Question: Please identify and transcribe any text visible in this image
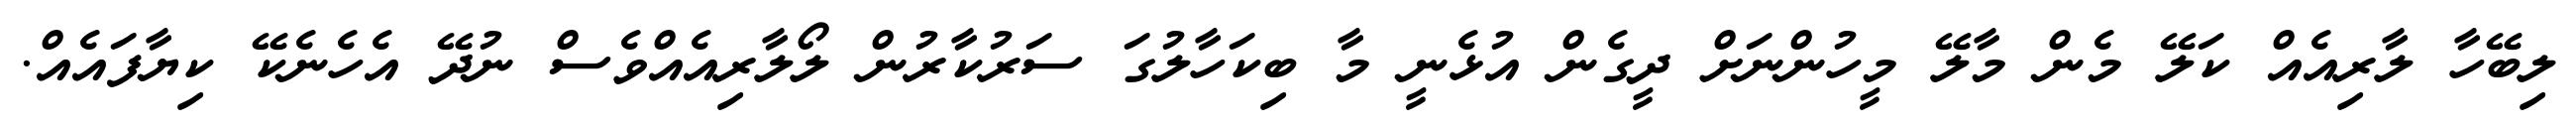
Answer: ލިބޭހާ ލާރިއެއް ކަލޭ މެން މާލޭ މީހުންނަށް ދީގެން އުޅެނީ މާ ބިކަހާލުގަ ސަރުކާރުން ލޯލާރިއެއްވެސް ނުދޭ އެހެނެކޭ ކިޔާފައެއް.